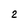
Character: 2